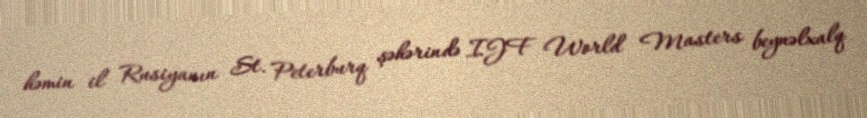
həmin il Rusiyanın St. Peterburq şəhərində IJF World Masters beynəlxalq